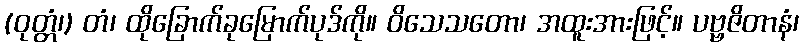
(ဝုတ္တံ၊) တံ၊ ထိုခြောက်ခုမြောက်ပုဒ်ကို။ ဝိသေသတော၊ အထူးအားဖြင့်။ ပဗ္ဗဇိတာနံ၊